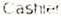
CASHIER